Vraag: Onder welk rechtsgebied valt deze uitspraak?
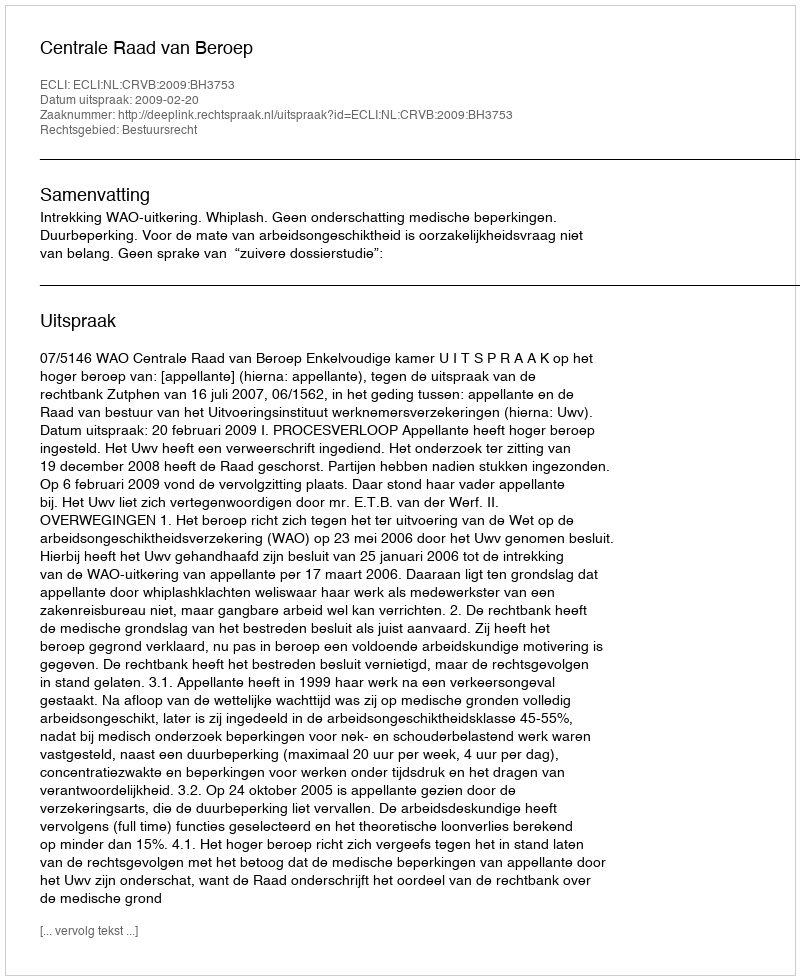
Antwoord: Bestuursrecht